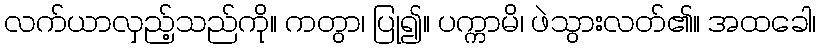
လက်ယာလှည့်သည်ကို။ ကတွာ၊ ပြု၍။ ပက္ကာမိ၊ ဖဲသွားလတ်၏။ အထခေါ၊